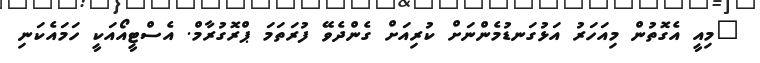
"މިއީ އެގޮތުން މިއަހަރު އަޅުގަނޑުމެންނަށް ކުރިއަށް ގެންދެވޭ ފުރަތަމަ ޕްރޮގުރާމް. އެސްޓީއޯއަކީ ހަމައެކަނި